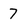
Character: 7